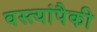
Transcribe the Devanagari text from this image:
वस्त्यांपैकी